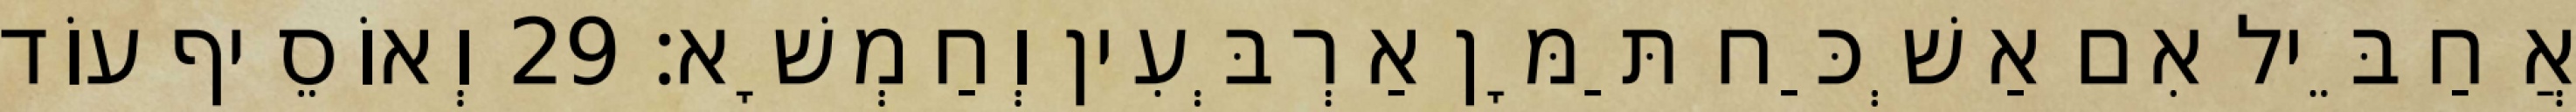
אֲחַבֵּיל אִם אַשְׁכַּח תַּמָּן אַרְבְּעִין וְחַמְשָׁא׃ 29 וְאוֹסֵיף עוֹד